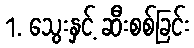
1. သွေးနှင့် ဆီးစစ်ခြင်း